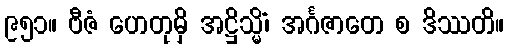
၉၅၁။ ဗီဇံ ဟေတုမှိ အဋ္ဌိသ္မိံ၊ အင်္ဂဇာတေ စ ဒိဿတိ။